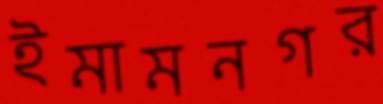
ইমামনগর